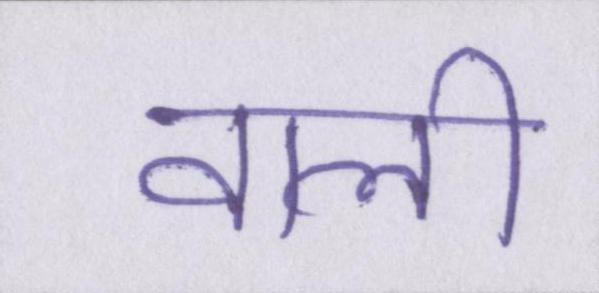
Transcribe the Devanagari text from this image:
वाली